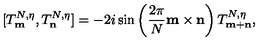
[ T _ { \bf m } ^ { N , \eta } , T _ { \bf n } ^ { N , \eta } ] = - 2 i \sin \left( \frac { 2 \pi } { N } { \bf m \times n } \right) T _ { \bf m + n } ^ { N , \eta } ,